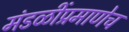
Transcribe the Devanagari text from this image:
मंडळींप्रमाणेच